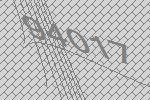
94017